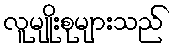
လူမျိုးစုများသည်